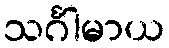
သင်္ဂါမာယ